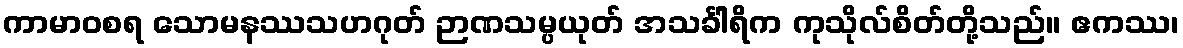
ကာမာဝစရ သောမနဿသဟဂုတ် ဉာဏသမ္ပယုတ် အသင်္ခါရိက ကုသိုလ်စိတ်တို့သည်။ ဧကဿ၊